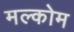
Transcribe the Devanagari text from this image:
मल्कोम